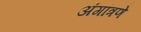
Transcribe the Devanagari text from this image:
अंगांत्रणे